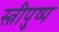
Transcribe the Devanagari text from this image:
स्त्रीपुष्प